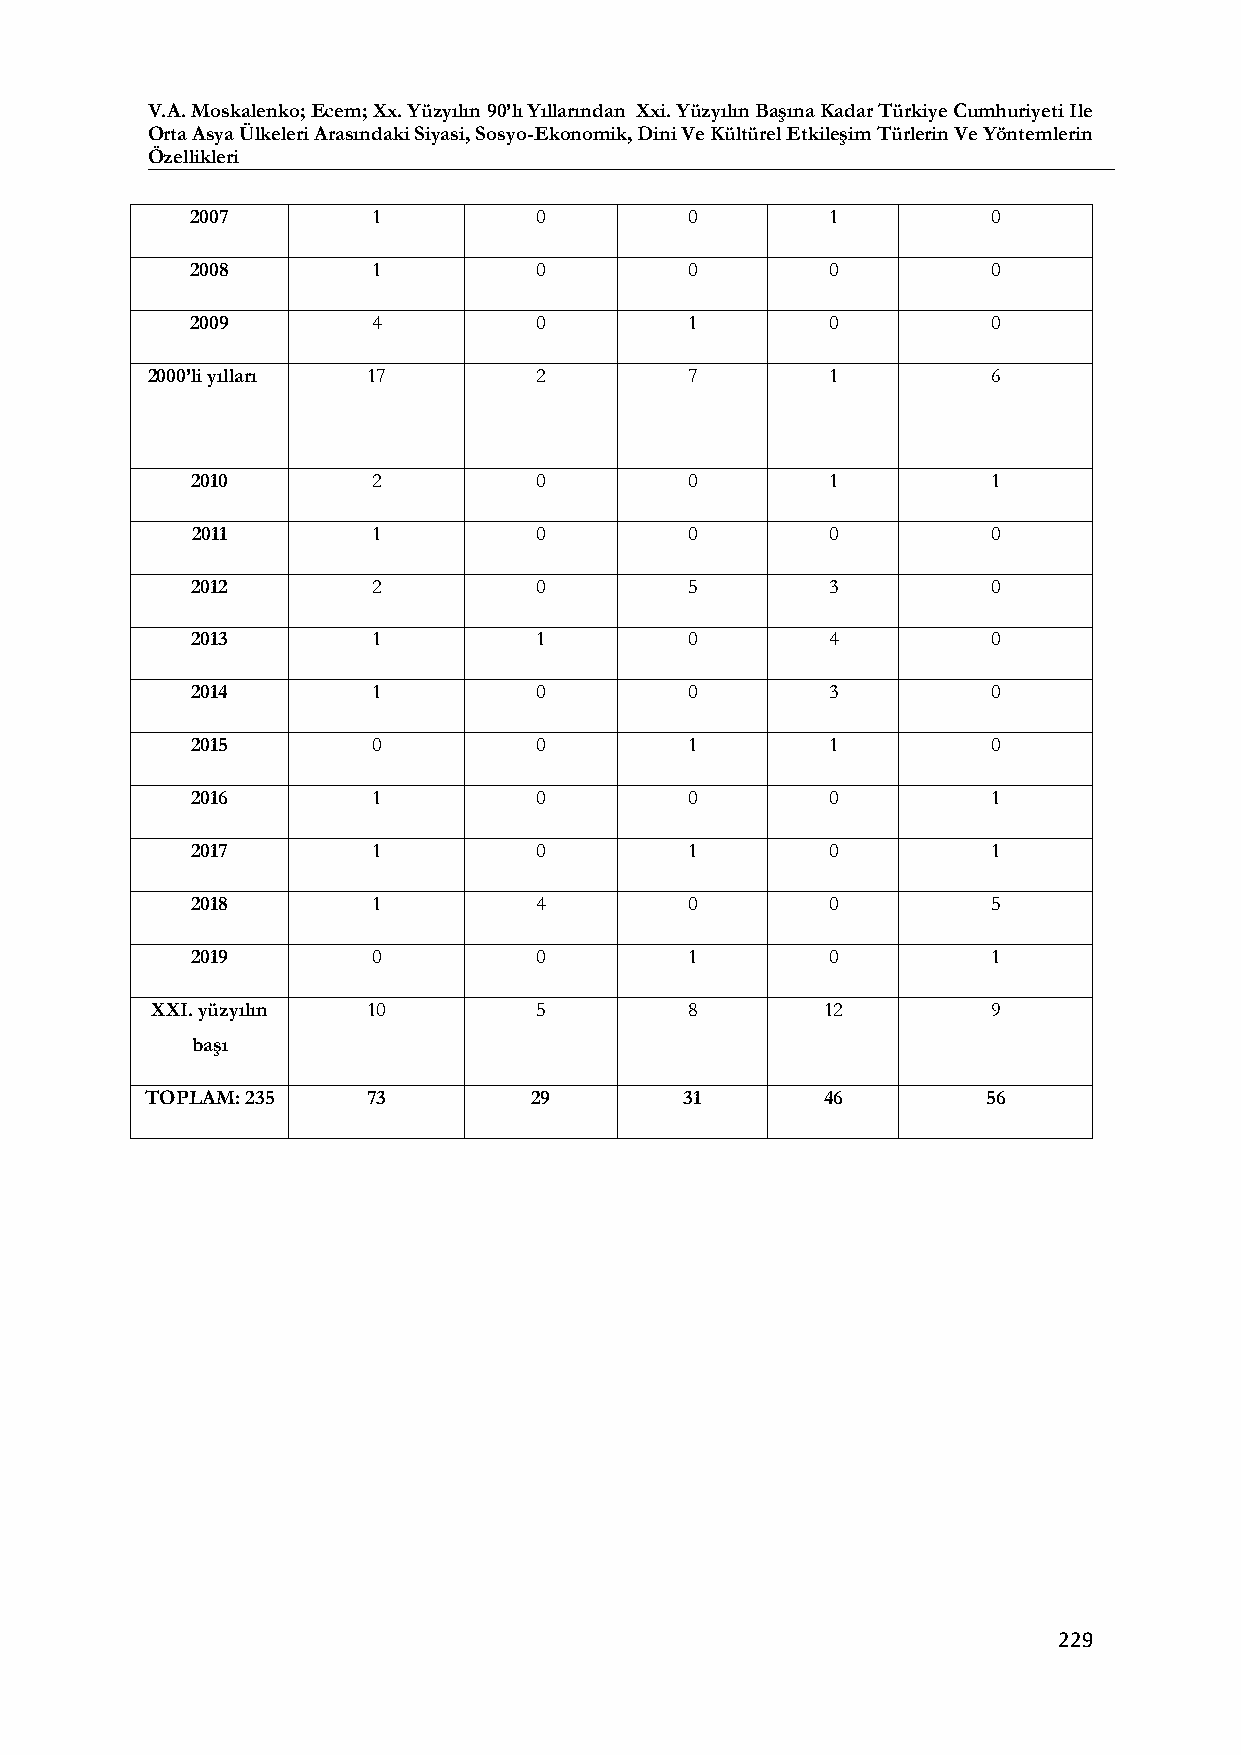
V.A. Moskalenko; Ecem; Xx. Yüzyılın 90’lı Yıllarından Xxi. Yüzyılın Başına Kadar Türkiye Cumhuriyeti Ile
 Orta Asya Ülkeleri Arasındaki Siyasi, Sosyo-Ekonomik, Dini Ve Kültürel Etkileşim Türlerin Ve Yöntemlerin
 Özellikleri
 2007        1         0          0        1          0
 2008        1         0          0        0          0
 2009        4         0          1        0          0
 2000’li yılları 17       2          7        1          6
 2010        2         0          0        1          1
 2011        1         0          0        0          0
 2012        2         0          5        3          0
 2013        1         1          0        4          0
 2014        1         0          0        3          0
 2015        0         0          1        1          0
 2016        1         0          0        0          1
 2017        1         0          1        0          1
 2018        1         4          0        0          5
 2019        0         0          1        0          1
 ХХI. yüzyılın 10         5          8        12         9
 başı
 TOPLAM: 235   73         29        31        46        56
 229